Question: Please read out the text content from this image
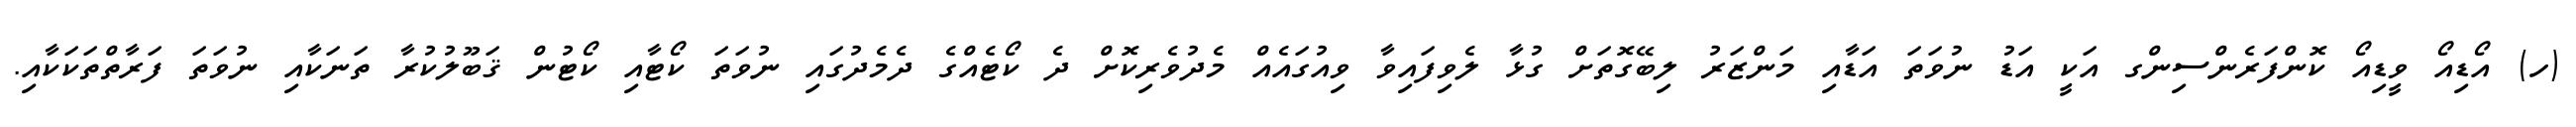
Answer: (ހ) އޯޑިއޯ ވީޑިއޯ ކޮންފަރެންސިންގ އަކީ އަޑު ނުވަތަ އަޑާއި މަންޒަރު ލިބޭގޮތަށް ގުޅާ ލެވިފައިވާ ވިއުގައެއް މެދުވެރިކޮށް ދެ ކޯޓެއްގެ ދެމެދުގައި ނުވަތަ ކޯޓާއި ކޯޓުން ޤަބޫލުކުރާ ތަނަކާއި ނުވަތަ ފަރާތްތަކަކާއި.